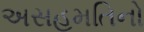
અસહમતિનો